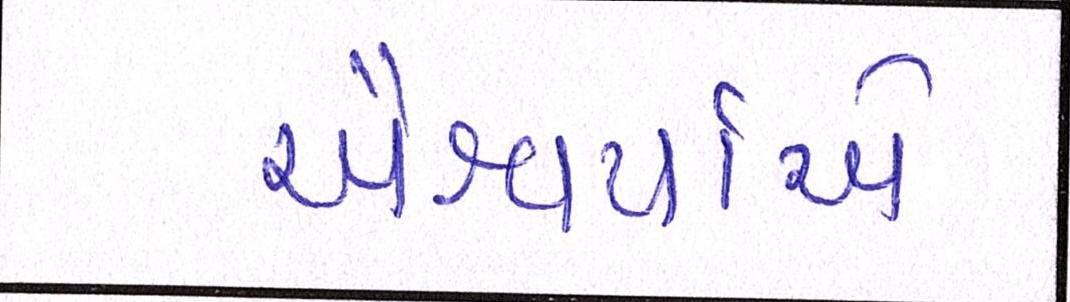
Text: ઐશ્વર્યાએ